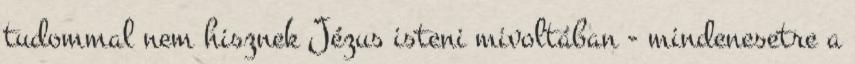
tudommal nem hisznek Jézus isteni mivoltában - mindenesetre a